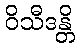
ဝိသီဒန္တိ